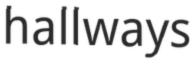
hallways